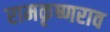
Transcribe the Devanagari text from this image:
रामकृष्णराव